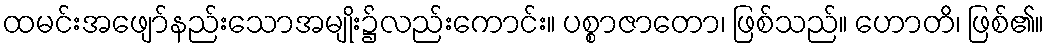
ထမင်းအဖျော်နည်းသောအမျိုး၌လည်းကောင်း။ ပစ္စာဇာတော၊ ဖြစ်သည်။ ဟောတိ၊ ဖြစ်၏။